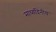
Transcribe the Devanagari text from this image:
माध्यंदिनीय